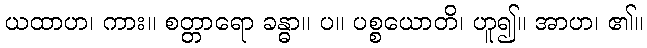
ယထာဟ၊ ကား။ စတ္တာရော ခန္ဓာ။ ပ။ ပစ္စယောတိ၊ ဟူ၍။ အာဟ၊ ၏။